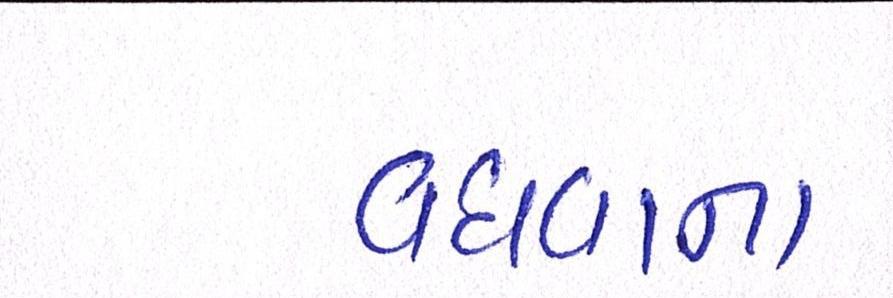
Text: વધવાના